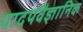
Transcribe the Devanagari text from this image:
पादपवैज्ञानिक